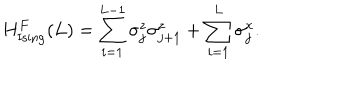
H _ { \mathrm { I s i n g } } ^ { F } ( L ) = \sum _ { i = 1 } ^ { L - 1 } { \sigma _ { j } ^ { z } } { \sigma _ { j + 1 } ^ { z } } + \sum _ { i = 1 } ^ { L } { \sigma _ { j } ^ { x } } .